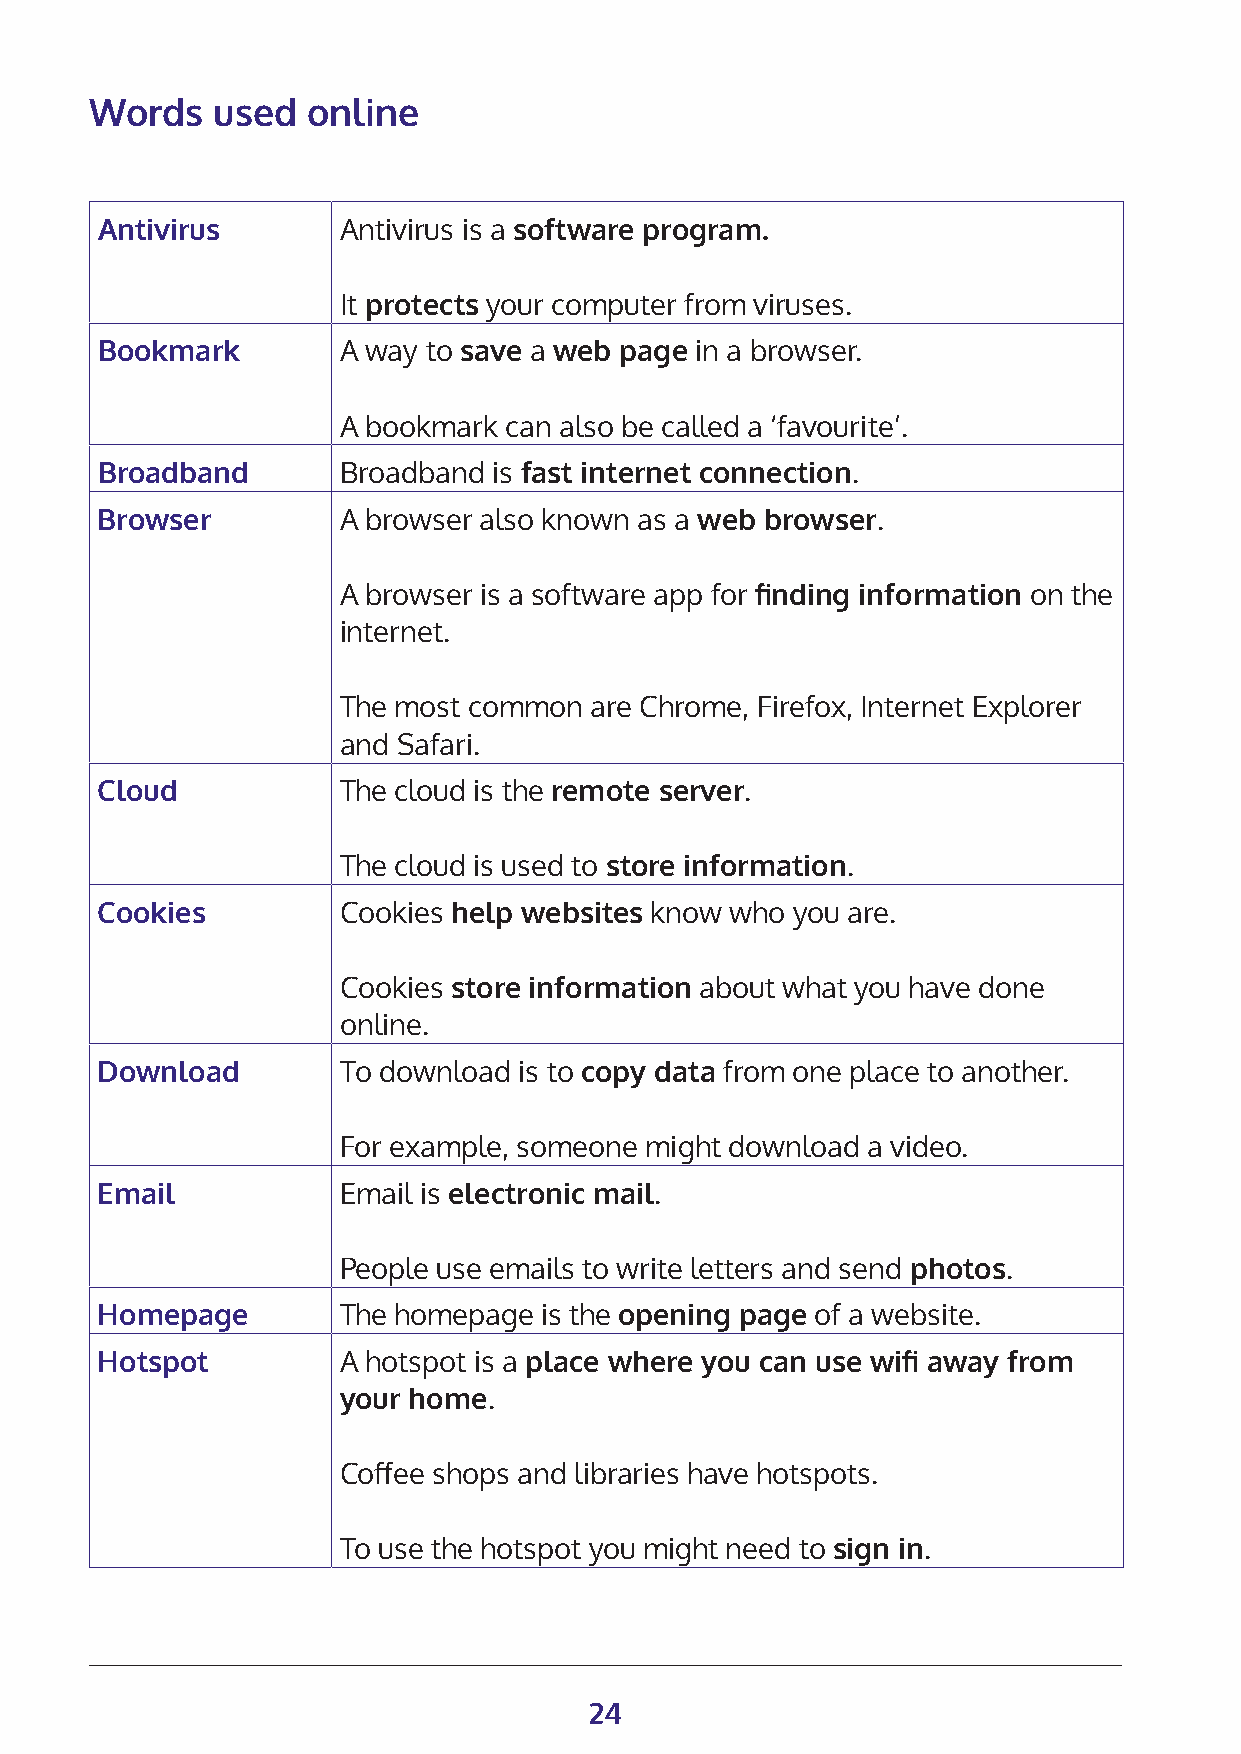
Words   used  online
 Antivirus       Antivirus is a software program.
 It protects your computer from viruses.
 Bookmark        A way to save a web page in a browser.
 A bookmark can also be called a ‘favourite’.
 Broadband       Broadband  is fast internet connection.
 Browser         A browser also known as a web browser.
 A browser is a software app for finding information on the
 internet.
 The most common  are Chrome, Firefox, Internet Explorer
 and Safari.
 Cloud           The cloud is the remote server.
 The cloud is used to store information.
 Cookies         Cookies help websites know who you are.
 Cookies store information about what you have done
 online.
 Download        To download is to copy data from one place to another.
 For example, someone might download a video.
 Email           Email is electronic mail.
 People use emails to write letters and send photos.
 Homepage        The homepage  is the opening page of a website.
 Hotspot         A hotspot is a place where you can use wifi away from
 your home.
 Coffee shops and libraries have hotspots.
 To use the hotspot you might need to sign in.
 24